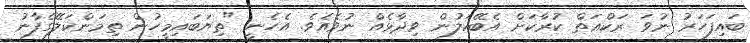
ބައިފަހަރު ނުވަ ރަކްޢަތް ކުރާކަށް އެބޭކަލުން ވިދާޅެއް ނުވެއެވެ. އެހެނީ "ތިޔަބައިމީހުން ތިމަންކަލޭގެފާނު